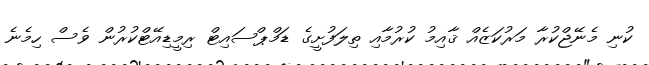
ކުނި މެނޭޖްކުރާ މަރުކަޒެއް ޤާއިމު ކުރުމާއި ތިލަފުށީގެ ޑަމްޕްސައިޓް ރިމީޑިއޭޓްކުރުން ވެސް ހިމެނެ